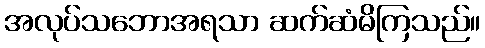
အလုပ်သဘောအရသာ ဆက်ဆံမိကြသည်။